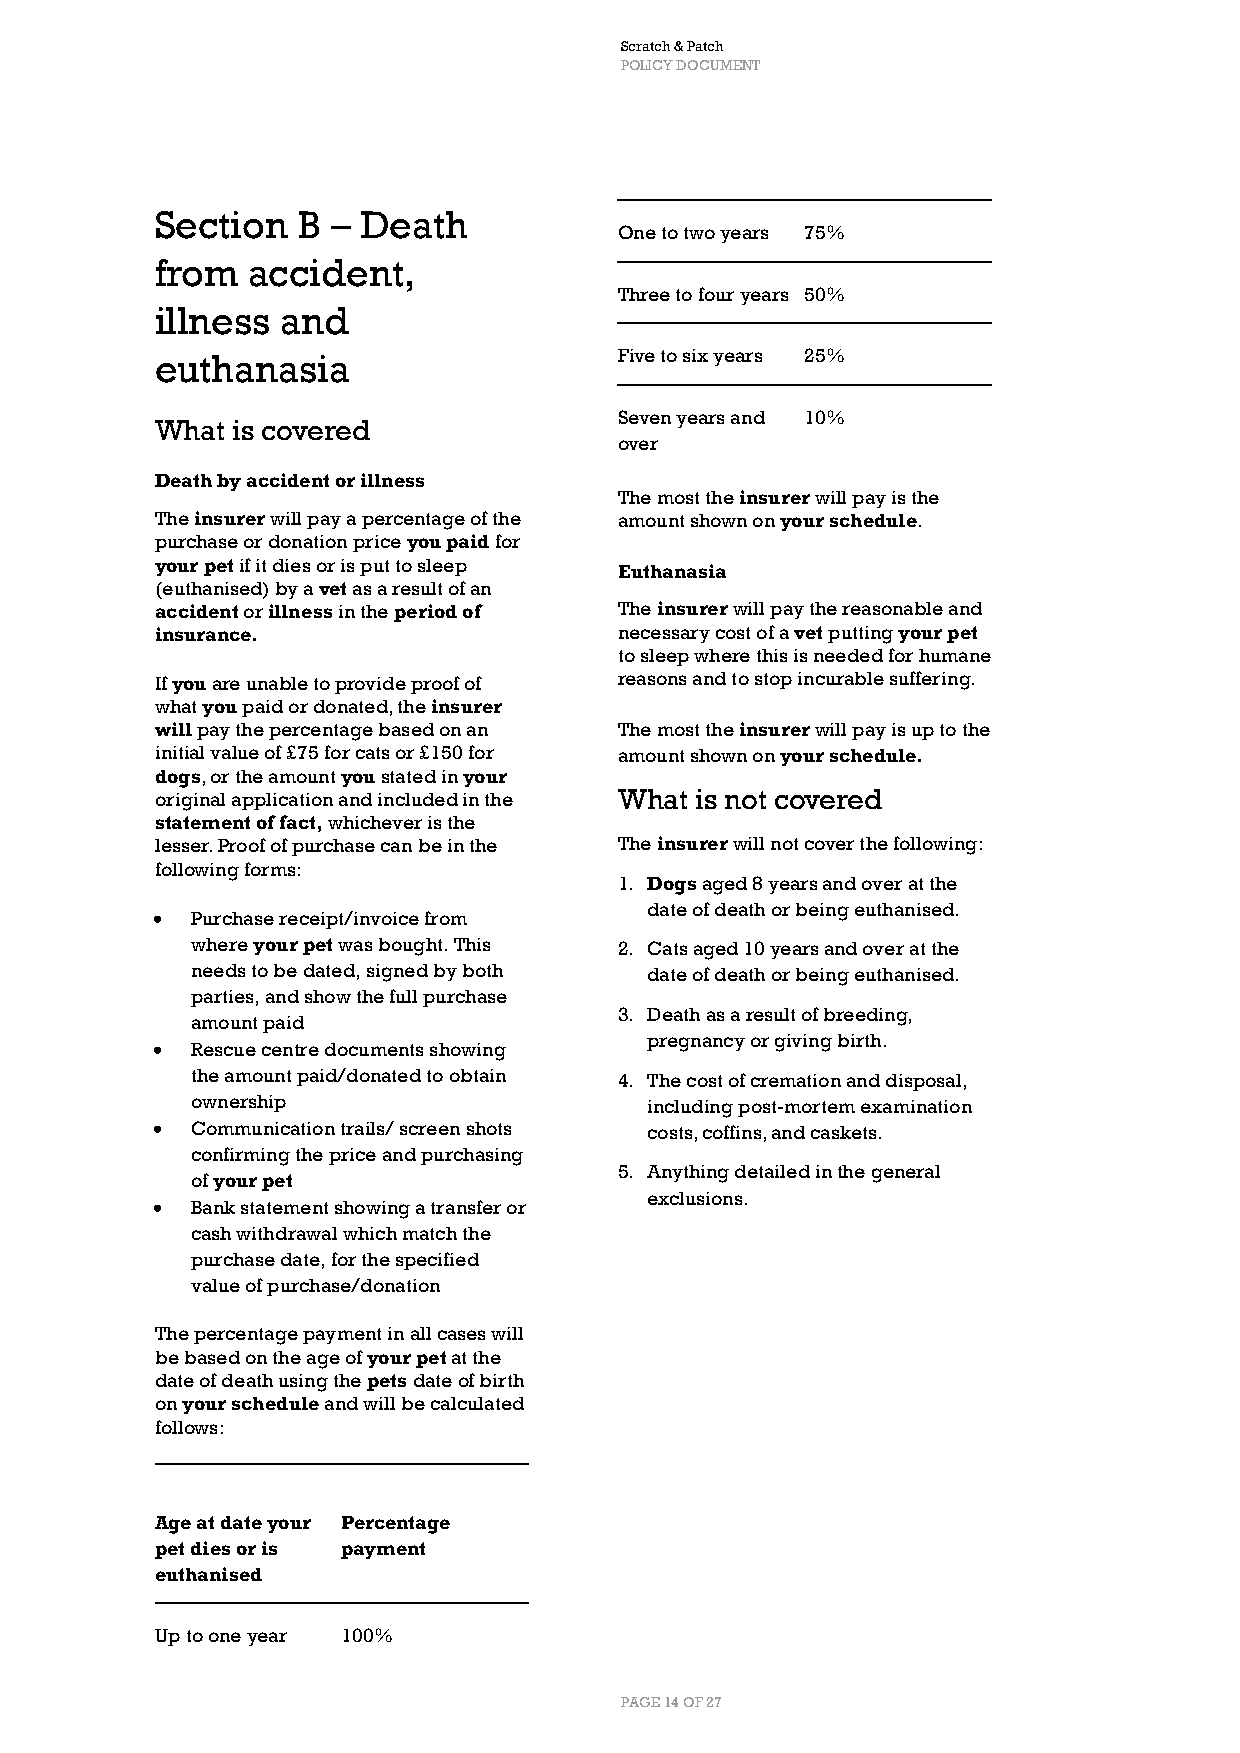
Scratch & Patch
 POLICY DOCUMENT
 Section   B – Death
 One to two years 75%
 from  accident,
 Three to four years 50%
 illness  and
 euthanasia                     Five to six years 25%
 Seven years and 10%
 What is covered
 over
 Death by accident or illness
 The most the insurer will pay is the
 The insurer will pay a percentage of the amount shown on your schedule.
 purchase or donation price you paid for
 your pet if it dies or is put to sleep Euthanasia
 (euthanised) by a vet as a result of an
 accident or illness in the period of The insurer will pay the reasonable and
 insurance.                     necessary cost of a vet putting your pet
 to sleep where this is needed for humane
 If you are unable to provide proof of reasons and to stop incurable suffering.
 what you paid or donated, the insurer
 will pay the percentage based on an The most the insurer will pay is up to the
 initial value of £75 for cats or £150 for amount shown on your schedule.
 dogs, or the amount you stated in your
 original application and included in the What is not covered
 statement of fact, whichever is the
 lesser. Proof of purchase can be in the The insurer will not cover the following:
 following forms:
 1. Dogs aged 8 years and over at the
 date of death or being euthanised.
 •  Purchase receipt/invoice from
 where your pet was bought. This 2. Cats aged 10 years and over at the
 needs to be dated, signed by both date of death or being euthanised.
 parties, and show the full purchase
 3. Death as a result of breeding,
 amount paid
 pregnancy or giving birth.
 •  Rescue centre documents showing
 the amount paid/donated to obtain 4. The cost of cremation and disposal,
 ownership                     including post-mortem examination
 •  Communication trails/ screen shots costs, coffins, and caskets.
 confirming the price and purchasing
 5. Anything detailed in the general
 of your pet
 exclusions.
 •  Bank statement showing a transfer or
 cash withdrawal which match the
 purchase date, for the specified
 value of purchase/donation
 The percentage payment in all cases will
 be based on the age of your pet at the
 date of death using the pets date of birth
 on your schedule and will be calculated
 follows:
 Age at date your Percentage
 pet dies or is payment
 euthanised
 Up to one year 100%
 PAGE 14 OF 27